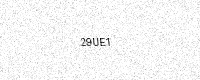
Text: 29UE1